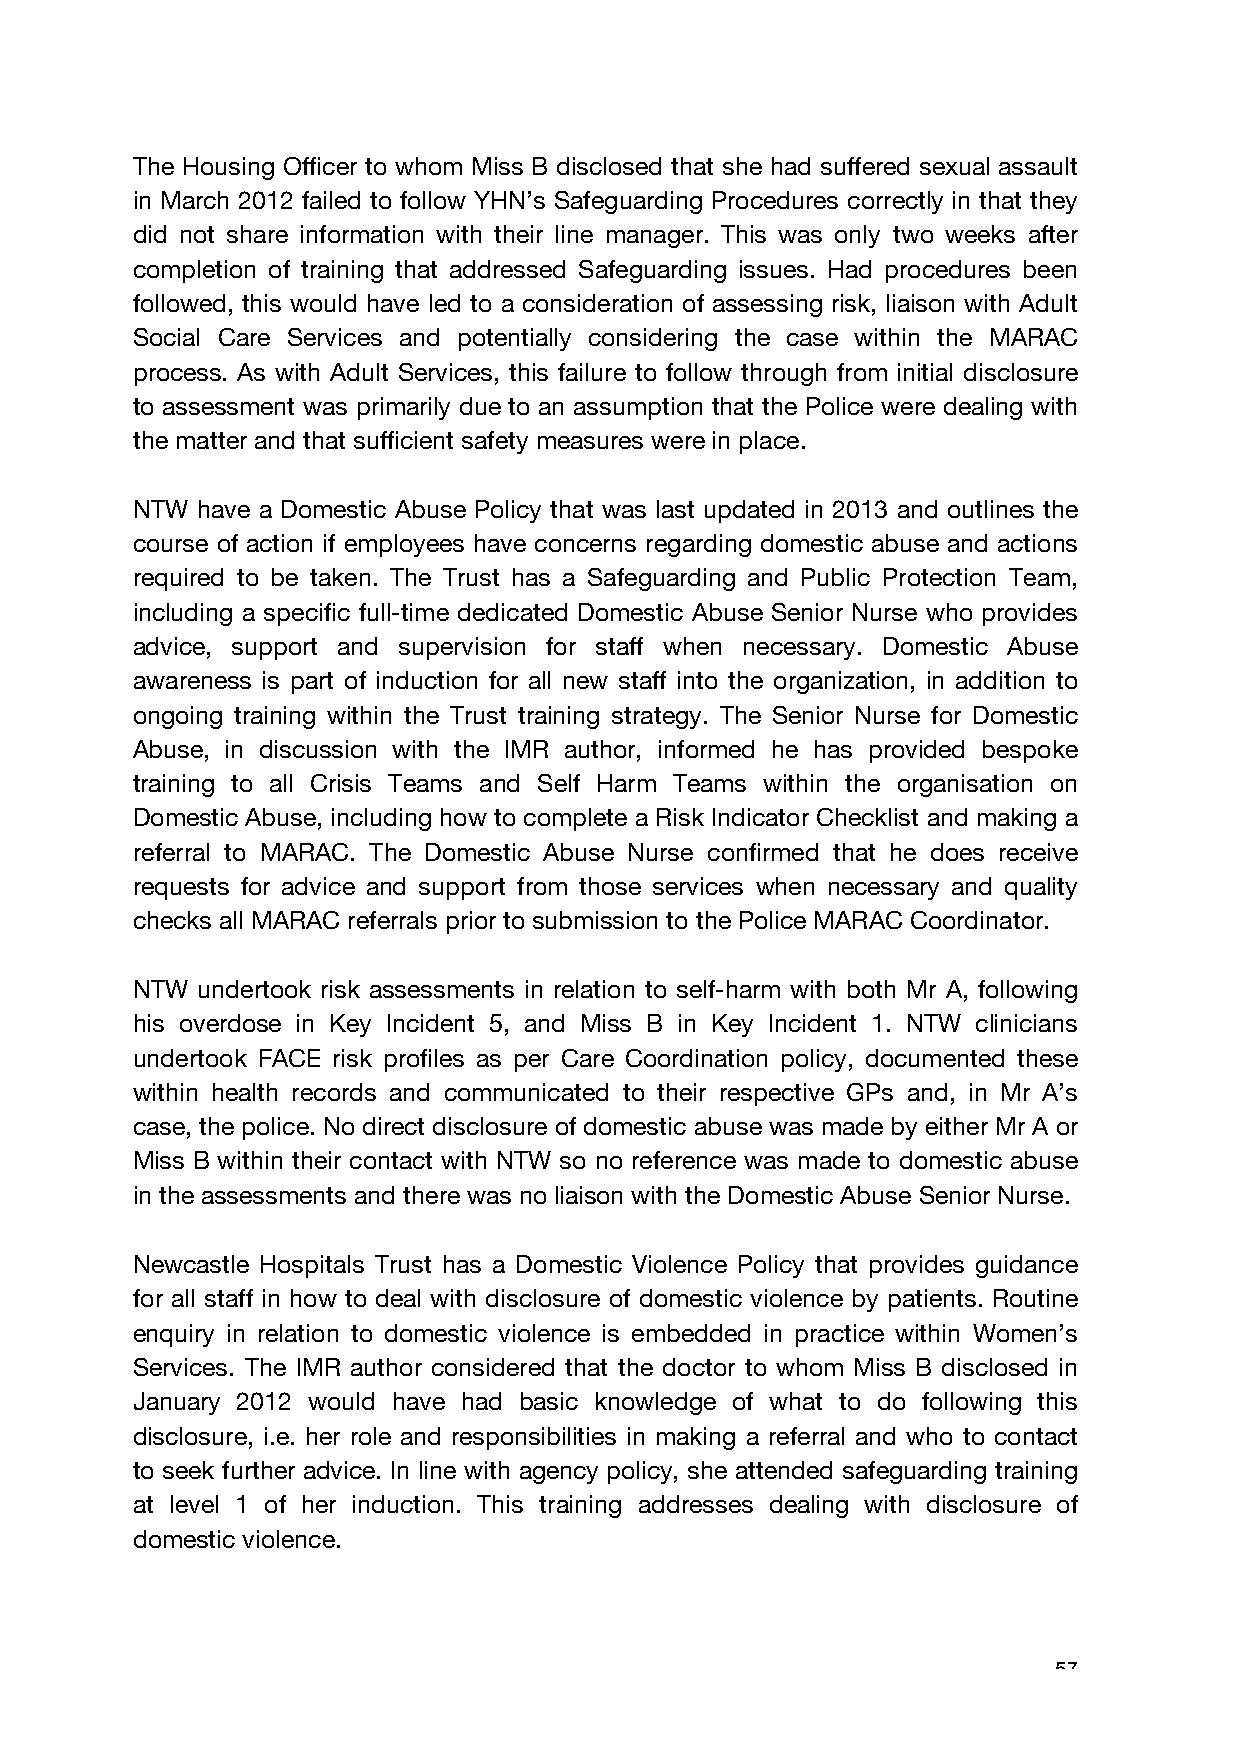
The Housing Officer to whom Miss B disclosed that she had suffered sexual assault
 in March 2012 failed to follow YHN’s Safeguarding Procedures correctly in that they
 did not share information with their line manager. This was only two weeks after
 completion of training that addressed Safeguarding issues. Had procedures been
 followed, this would have led to a consideration of assessing risk, liaison with Adult
 Social Care Services and potentially considering the case within the MARAC
 process. As with Adult Services, this failure to follow through from initial disclosure
 to assessment was primarily due to an assumption that the Police were dealing with
 the matter and that sufficient safety measures were in place.
 NTW have a Domestic Abuse Policy that was last updated in 2013 and outlines the
 course of action if employees have concerns regarding domestic abuse and actions
 required to be taken. The Trust has a Safeguarding and Public Protection Team,
 including a specific full-time dedicated Domestic Abuse Senior Nurse who provides
 advice, support and supervision for staff when necessary. Domestic Abuse
 awareness is part of induction for all new staff into the organization, in addition to
 ongoing training within the Trust training strategy. The Senior Nurse for Domestic
 Abuse, in discussion with the IMR author, informed he has provided bespoke
 training to all Crisis Teams and Self Harm Teams within the organisation on
 Domestic Abuse, including how to complete a Risk Indicator Checklist and making a
 referral to MARAC. The Domestic Abuse Nurse confirmed that he does receive
 requests for advice and support from those services when necessary and quality
 checks all MARAC referrals prior to submission to the Police MARAC Coordinator.
 NTW undertook risk assessments in relation to self-harm with both Mr A, following
 his overdose in Key Incident 5, and Miss B in Key Incident 1. NTW clinicians
 undertook FACE risk profiles as per Care Coordination policy, documented these
 within health records and communicated to their respective GPs and, in Mr A’s
 case, the police. No direct disclosure of domestic abuse was made by either Mr A or
 Miss B within their contact with NTW so no reference was made to domestic abuse
 in the assessments and there was no liaison with the Domestic Abuse Senior Nurse.
 Newcastle Hospitals Trust has a Domestic Violence Policy that provides guidance
 for all staff in how to deal with disclosure of domestic violence by patients. Routine
 enquiry in relation to domestic violence is embedded in practice within Women’s
 Services. The IMR author considered that the doctor to whom Miss B disclosed in
 January 2012 would have had basic knowledge of what to do following this
 disclosure, i.e. her role and responsibilities in making a referral and who to contact
 to seek further advice. In line with agency policy, she attended safeguarding training
 at level 1 of her induction. This training addresses dealing with disclosure of
 domestic violence.
 57